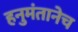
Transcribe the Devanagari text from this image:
हनुमंतानेच